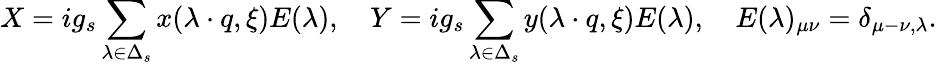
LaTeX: X=ig_{s}\sum_{\lambda\in\Delta_{s}}x(\lambda\cdot q,\xi)E(\lambda),\quad Y=ig_{s}\sum_{\lambda\in\Delta_{s}}y(\lambda\cdot q,\xi)E(\lambda),\quad E(\lambda)_{\mu\nu}=\delta_{\mu-\nu,\lambda}.